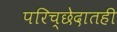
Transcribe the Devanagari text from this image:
परिच्छेदातही